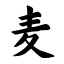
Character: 麦